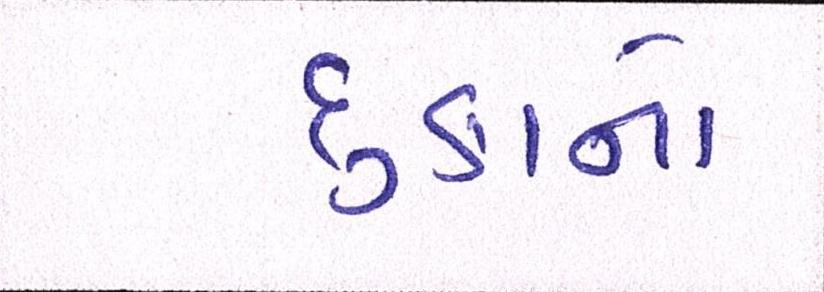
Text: દુકાનો